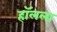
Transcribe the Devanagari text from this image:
हॉलला